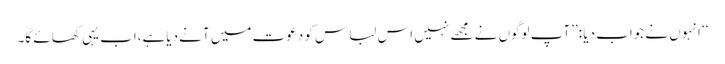
‘‘ انہوں نے جواب دیا :’’آپ لوگوں نے مجھے نہیں اس لباس کو دعوت میں آنے دیاہے،اب یہی کھائے گا۔